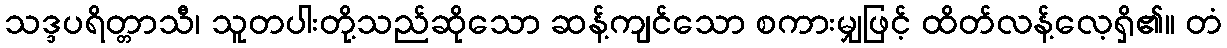
သဒ္ဒပရိတ္တာသီ၊ သူတပါးတို့သည်ဆိုသော ဆန့်ကျင်သော စကားမျှဖြင့် ထိတ်လန့်လေ့ရှိ၏။ တံ